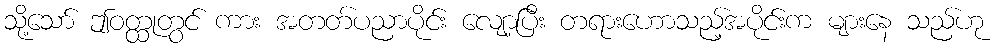
သို့သော် ဤဝတ္ထုတွင် ကား အတတ်ပညာပိုင်း လျော့ပြီး တရားဟောသည့်အပိုင်းက များနေ သည်ဟု